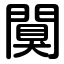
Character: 闃